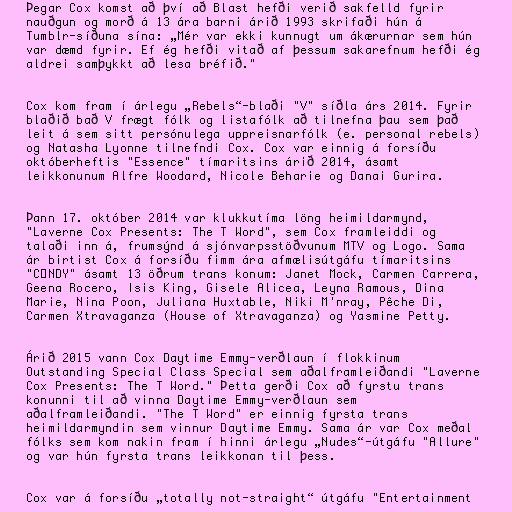
Þegar Cox komst að því að Blast hefði verið sakfelld fyrir
nauðgun og morð á 13 ára barni árið 1993 skrifaði hún á
Tumblr-síðuna sína: „Mér var ekki kunnugt um ákærurnar sem hún
var dæmd fyrir. Ef ég hefði vitað af þessum sakarefnum hefði ég
aldrei samþykkt að lesa bréfið."

Cox kom fram í árlegu „Rebels“-blaði "V" síðla árs 2014. Fyrir
blaðið bað V frægt fólk og listafólk að tilnefna þau sem það
leit á sem sitt persónulega uppreisnarfólk (e. personal rebels)
og Natasha Lyonne tilnefndi Cox. Cox var einnig á forsíðu
októberheftis "Essence" tímaritsins árið 2014, ásamt
leikkonunum Alfre Woodard, Nicole Beharie og Danai Gurira.

Þann 17. október 2014 var klukkutíma löng heimildarmynd,
"Laverne Cox Presents: The T Word", sem Cox framleiddi og
talaði inn á, frumsýnd á sjónvarpsstöðvunum MTV og Logo. Sama
ár birtist Cox á forsíðu fimm ára afmælisútgáfu tímaritsins
"C☆NDY" ásamt 13 öðrum trans konum: Janet Mock, Carmen Carrera,
Geena Rocero, Isis King, Gisele Alicea, Leyna Ramous, Dina
Marie, Nina Poon, Juliana Huxtable, Niki M'nray, Pêche Di,
Carmen Xtravaganza (House of Xtravaganza) og Yasmine Petty.

Árið 2015 vann Cox Daytime Emmy-verðlaun í flokkinum
Outstanding Special Class Special sem aðalframleiðandi "Laverne
Cox Presents: The T Word." Þetta gerði Cox að fyrstu trans
konunni til að vinna Daytime Emmy-verðlaun sem
aðalframleiðandi. "The T Word" er einnig fyrsta trans
heimildarmyndin sem vinnur Daytime Emmy. Sama ár var Cox meðal
fólks sem kom nakin fram í hinni árlegu „Nudes“-útgáfu "Allure"
og var hún fyrsta trans leikkonan til þess.

Cox var á forsíðu „totally not-straight“ útgáfu "Entertainment